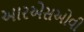
આરએસઓવી